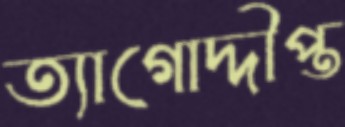
ত্যাগোদ্দীপ্ত